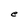
Character: e